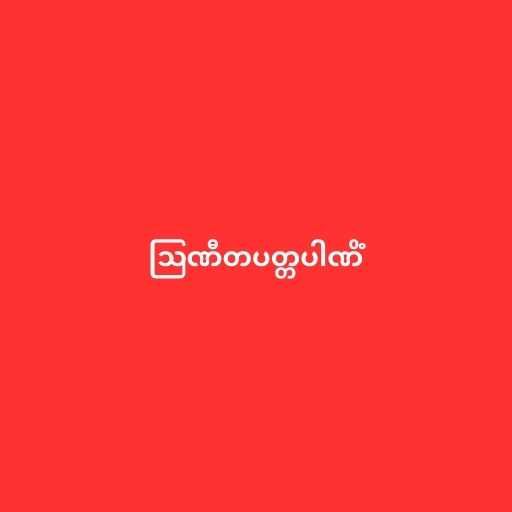
ဩဏီတပတ္တပါဏိံ